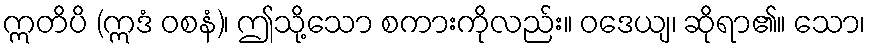
ဣတိပိ (ဣဒံ ဝစနံ)၊ ဤသို့သော စကားကိုလည်း။ ဝဒေယျ၊ ဆိုရာ၏။ သော၊